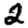
Digit: 2